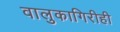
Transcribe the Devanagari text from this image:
वालुकागिरीही